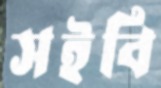
সইবি